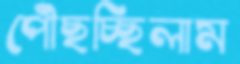
পৌঁছচ্ছিলাম